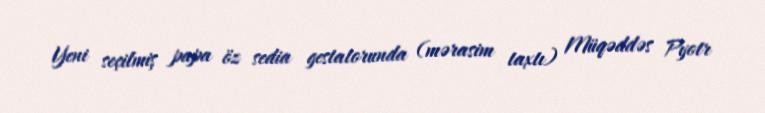
Yeni seçilmiş papa öz sedia gestatorunda (mərasim taxtı) Müqəddəs Pyotr